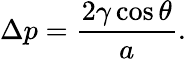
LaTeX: \Delta p={\frac{2\gamma\cos\theta}{a}}.